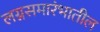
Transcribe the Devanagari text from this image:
लग्नसमारंभातील